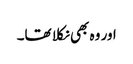
اور وہ بھی نکلا تھا۔